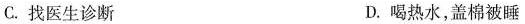
C. 找医生诊断 D. 喝热水，盖棉被睡